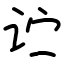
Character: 𬣞